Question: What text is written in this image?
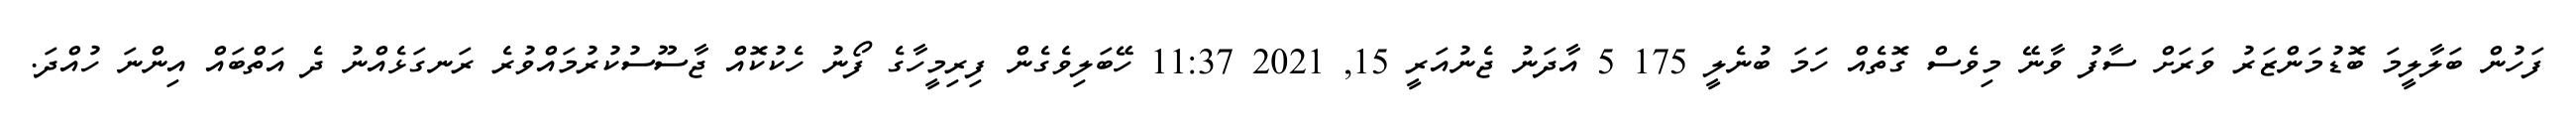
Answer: ފަހުން ބަލާލީމަ ބޮޑުމަންޒަރު ވަރަށް ސާފު ވާނޭ މިވެސް ގޮތެއް ހަމަ ބުނެލީ 175 5 އާދަނު ޖެނުއަރީ 15, 2021 11:37 ހޭބަލިވެގެން ފިރިމީހާގެ ފޯނު ހެކުކޮއް ޖާސޫސުކުރުމައްވުރެ ރަނގަޅެއްނު ދެ އަތްބައް އިންނަ ހުއްދަ.